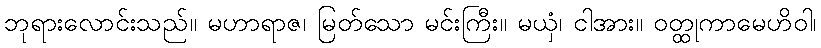
ဘုရားလောင်းသည်။ မဟာရာဇ၊ မြတ်သော မင်းကြီး။ မယှံ၊ ငါအား။ ဝတ္ထုကာမေဟိဝါ၊